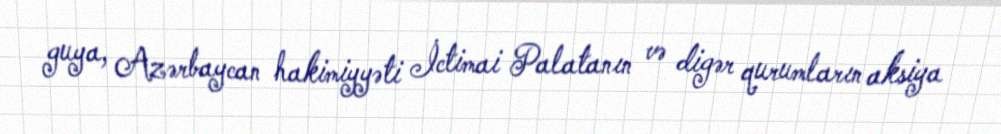
guya, Azərbaycan hakimiyyəti İctimai Palatanın və digər qurumların aksiya